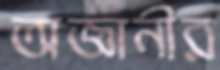
অজ্ঞানীর